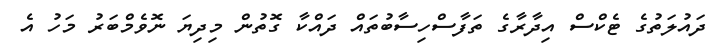
ދައުލަތުގެ ޓެކްސް އިދާރާގެ ތަފާސްހިސާބުތައް ދައްކާ ގޮތުން މިދިޔަ ނޮވެމްބަރު މަހު އެ